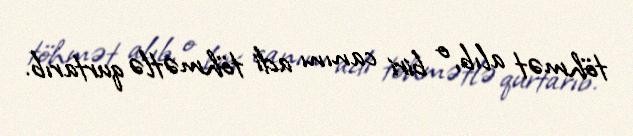
töhmət alıb, o biri canını adi töhmətlə qurtarıb.